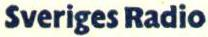
Sveriges Radio